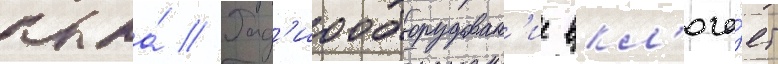
крыла́ // Рад'иооборудован'ие вкл'юча́ет